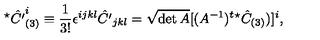
^ \star \hat { C ^ { \prime } } _ { ( 3 ) } ^ { i } \equiv \frac { 1 } { 3 ! } \epsilon ^ { i j k l } \hat { C ^ { \prime } } _ { j k l } = \sqrt { \det A } [ ( A ^ { - 1 } ) ^ { t } ^ { \star } \hat { C } _ { ( 3 ) } ) ] ^ { i } ,